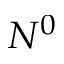
N ^ { 0 }